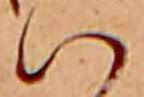
ハ